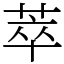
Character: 萃